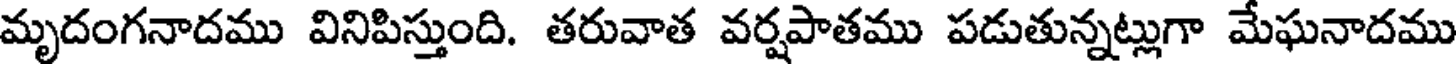
మృదంగనాదము వినిపిస్తుంది. తరువాత వర్షపాతము పడుతున్నట్లుగా మేఘనాదము